Annual administration report of the Civil Veterinary Department of India - 1901-1902
Year: 1901
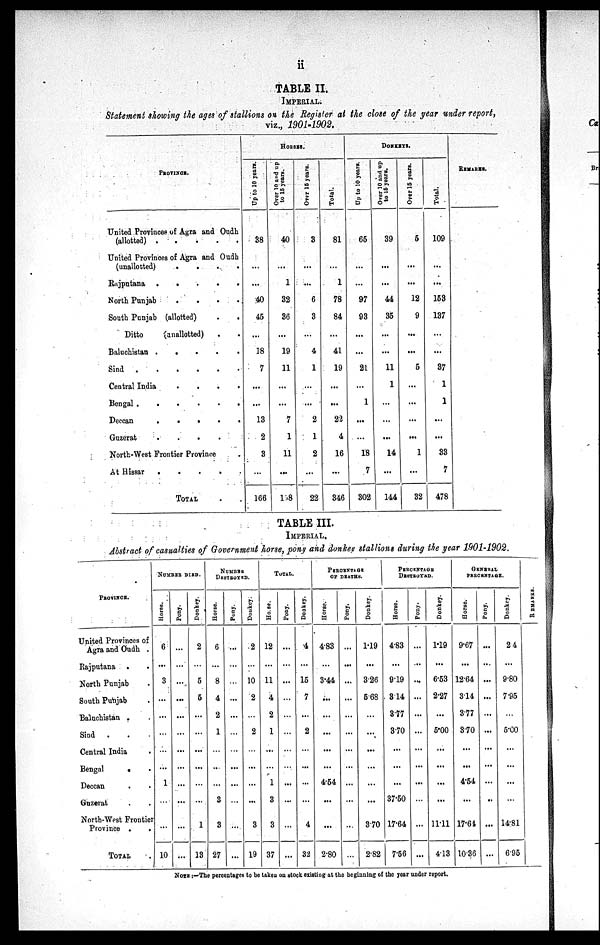
ii
TABLE II.
IMPERIAL.
Statement showing the ages of stallions on the Register at the close of the year under report,
viz., 1901-1902.
PROVINCE.
United Provinces of Agra and Oudh
(allotted)
.
.
.
.
.
United Provinces of Agra and Oudh
(unallotted)
.
.
.
.
Rajputana
.
.
.
.
.
North Punjab
.
.
.
.
South Punjab (allotted)
.
.
Ditto
(unallotted) . .
Baluchistan
.
.
.
.
.
Sind
.
.
.
.
.
.
Central India
.
.
.
.
Bengal
.
.
.
.
.
.
Deccan
.
.
.
.
.
Guzerat
.
.
.
.
North-West Frontier Province .
At Hissar
.
.
.
.
.
TOTAL . .
HORSES.
Up to 10 years.
38
...
...
40
45
...
18
7
...
...
13
2
3
...
166
Over 10 and up
to 15 years.
40
...
1
32
36
...
19
11
...
...
7
1
11
...
108
Over 15 years.
3
...
...
6
3
...
4
1
...
...
2
1
2
...
22
Total.
81
...
1
78
84
...
41
19
...
...
22
4
16
...
346
DONKEYS.
Up to 10 years.
65
...
...
97
93
...
...
21
...
1
...
...
18
7
302
Over 10 and up
to 15 years.
39
...
...
44
35
...
...
11
1
...
...
...
14
...
144
Over 15 years.
5
...
...
12
9
...
...
5
...
...
...
...
1
...
32
Total.
109
...
...
153
137
...
...
37
1
1
...
...
33
7
478
REMARKS.
TABLE III.
IMPERIAL.
Abstract of casualties of Government horse, pony and donkey stallions during the year 1901-1902.
PROVINCE.
United Provinces of
Agra and Oudh .
Rajputana .
.
North Punjab .
South Punjab .
Baluchistan . .
Sind . . .
Central India .
Bengal . .
Deccan . .
Guzerat . .
North-West Frontier
Province . .
TOTAL .
NUMBER DIED.
Horse.
6
...
3
...
...
...
...
...
1
...
...
10
Pony.
...
...
...
...
...
...
...
...
...
...
...
...
Donkey.
2
...
5
5
...
...
...
...
...
...
1
13
NUMBER
DESTROYED.
Horse.
6
...
8
4
2
1
...
...
...
3
3
27
Pony.
...
...
...
...
...
...
...
...
...
...
...
...
Donkey.
2
...
10
2
...
2
...
...
...
...
3
19
TOTAL.
Horse.
12
...
11
4
2
1
...
...
1
3
3
37
Pony.
...
...
...
...
...
...
...
...
...
...
...
...
Donkey.
4
...
15
7
...
2
...
...
...
...
4
32
PERCENTAGE
OF DEATHS.
Horse.
4.83
...
3.44
...
...
...
...
...
4.54
...
...
2.80
Pony.
...
...
...
...
...
...
...
...
...
...
...
...
Donkey.
1.19
...
326
568
...
...
...
...
...
...
3.70
2.82
PERCENTAGE
DESTROYED.
Horse.
4.83
...
919
314
3.77
370
...
...
...
37.50
17.64
7.56
Pony.
...
...
...
...
...
...
...
...
...
...
...
...
Donkey.
1.19
...
6.53
2.27
...
5.00
...
...
...
...
11.11
4.13
GENERAL
PERCENTAGE.
Horse.
9.67
...
12.64
314
3.77
370
...
...
4.54
...
17.61
10.86
Pony.
...
...
...
...
...
...
...
...
...
..
...
...
Donkey.
24
...
9.80
7.95
...
5.00
...
...
...
...
14.81
6.95
RE MARKS .
NOTE:—The percentages to be taken on stock existing at the beginning of the year under report.